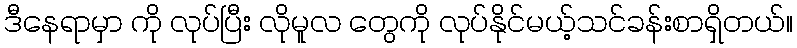
ဒီနေရာမှာ ကို လုပ်ပြီး လိုမူလ တွေကို လုပ်နိုင်မယ့်သင်ခန်းစာရှိတယ်။